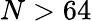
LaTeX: N>64